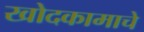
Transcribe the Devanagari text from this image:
खोदकामाचे